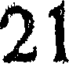
21